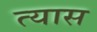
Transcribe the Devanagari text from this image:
त्‍यास